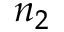
n _ { 2 }